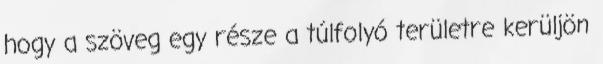
hogy a szöveg egy része a túlfolyó területre kerüljön